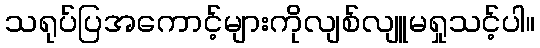
သရုပ်ပြအကောင့်များကိုလျစ်လျူမရှုသင့်ပါ။